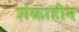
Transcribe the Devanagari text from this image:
शंकाहीन